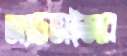
অ্যাডভাইজার